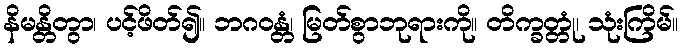
နိမန္တိတွာ၊ ပင့်ဖိတ်၍။ ဘဂဝန္တံ၊ မြတ်စွာဘုရားကို။ တိက္ခတ္တုံ၊ သုံးကြိမ်။